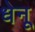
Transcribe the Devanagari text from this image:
धेनू